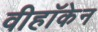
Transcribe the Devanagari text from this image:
वीहॉकेन